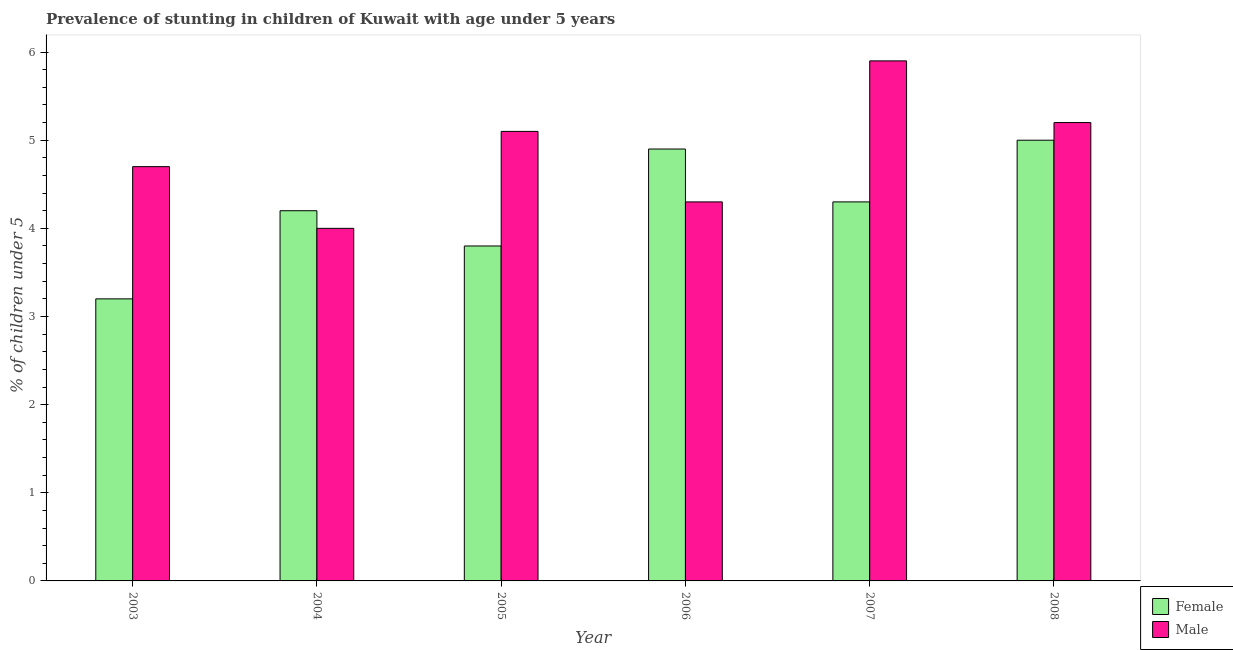
| Year | Female | Male |
 | --- | --- | --- |
 | 2003 | 3.2 | 4.7 |
 | 2004 | 4.2 | 4 |
 | 2005 | 3.8 | 5.1 |
 | 2006 | 4.9 | 4.3 |
 | 2007 | 4.3 | 5.9 |
 | 2008 | 5 | 5.2 |